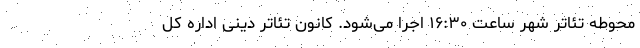
محوطه تئاتر شهر ساعت ۱۶:۳۰ اجرا می‌شود. کانون تئاتر دینی اداره کل